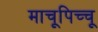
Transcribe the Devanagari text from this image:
माचूपिच्चू